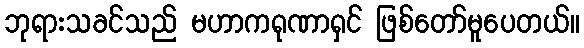
ဘုရားသခင်သည် မဟာကရုဏာရှင် ဖြစ်တော်မူပေတယ်။